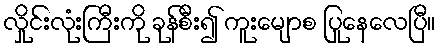
လှိုင်းလုံးကြီးကို ခုန်စီး၍ ကူးမျောစ ပြုနေလေပြီ။